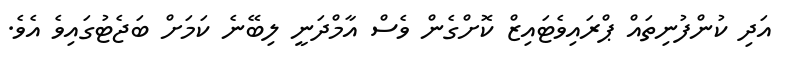
އަދި ކުންފުނިތައް ޕްރައިވެޓައިޒް ކޮށްގެން ވެސް އާމްދަނީ ލިބޭނެ ކަމަށް ބަޖެޓުގައިވެ އެވެ.